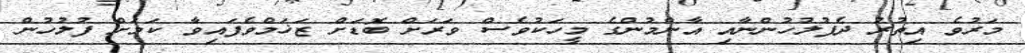
މަރުވެ އިތުރު ދެފުލުހުންނާއި އާންމުންގެ މީހަކުވެސް ވަރަށް ބޮޑަށް ޒަޚަމްވެފައިވާ ކަމަށް ފުލުހުން